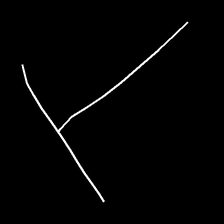
Glyph: column